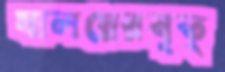
যালয়েরবৃত্